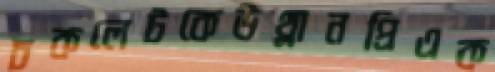
চকলেটকেউথ্‌লানপ্রিএক